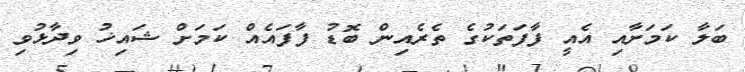
ބަލާ ކަމަށާއި އެއީ ފާފަތަކުގެ ތެރެއިން ބޮޑު ފާފައެއް ކަމަށް ޝައިޚު ވިދާޅުވި